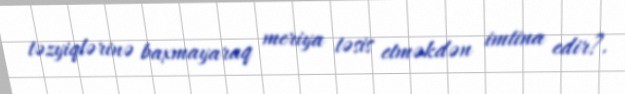
təzyiqlərinə baxmayaraq meriya təsis etməkdən imtina edir?.